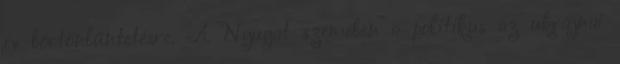
év börtönbüntetésre. A Nyugat szemében a politikus az ukrajnai